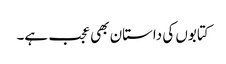
کتابوں کی داستان بھی عجب ہے۔